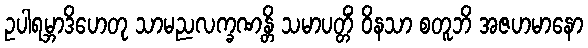
ဥပါရမ္ဘာဒိဟေတု သာမညလက္ခဏန္တိ သမာပတ္တိံ ဝိနသာ စတူဘိ အဇဟမာနော